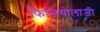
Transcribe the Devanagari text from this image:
फिजियोलाजी